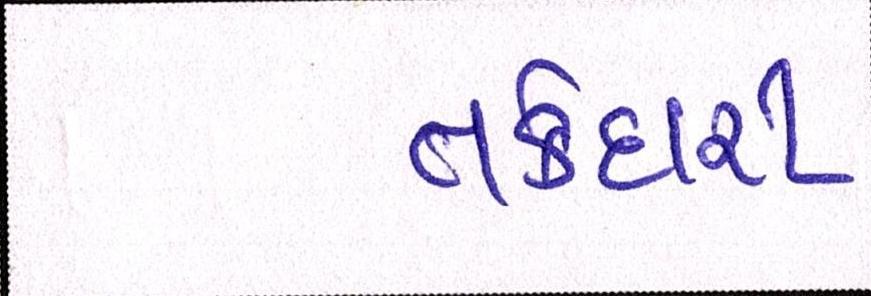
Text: તકેદારી